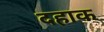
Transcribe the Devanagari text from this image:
दहाक